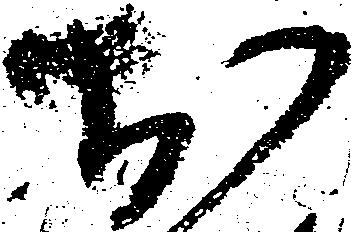
於